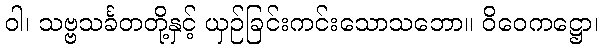
ဝါ၊ သဗ္ဗသင်္ခတတို့နှင့် ယှဉ်ခြင်းကင်းသောသဘော။ ဝိဝေကဋ္ဌော၊